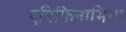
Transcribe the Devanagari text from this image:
एपिफिनामिना